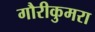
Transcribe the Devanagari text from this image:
गौरीकुमरा